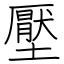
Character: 壓